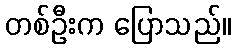
တစ်ဦးက ပြောသည်။